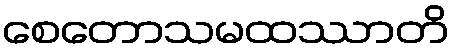
စေတောသမထဿာတိ